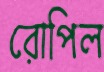
রোপিল